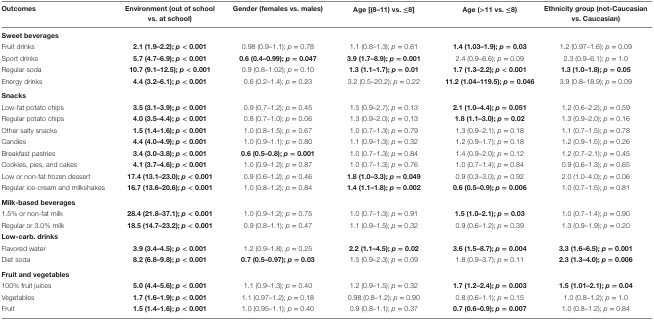
<table><thead><tr><td><b>Outcomes</b></td><td><b>Environment (out of school vs. at school)</b></td><td><b>Gender (females vs. males)</b></td><td><b>Age [(8–11) vs. ≤8]</b></td><td><b>Age (&gt;11 vs. ≤8)</b></td><td><b>Ethnicity group (not-Caucasian vs. Caucasian)</b></td></tr></thead><tbody><tr><td colspan="6"><b>Sweet beverages</b></td></tr><tr><td>Fruit drinks</td><td><b>2.1 (1.9–2.2); <i>p</i> &lt; 0.001</b></td><td>0.98 (0.9–1.1); <i>p</i> = 0.78</td><td>1.1 (0.8–1.3); <i>p</i> = 0.61</td><td><b>1.4 (1.03–1.9); <i>p</i> = 0.03</b></td><td>1.2 (0.97–1.6); <i>p</i> = 0.09</td></tr><tr><td>Sport drinks</td><td><b>5.7 (4.7–6.9); <i>p</i> &lt; 0.001</b></td><td><b>0.6 (0.4–0.99); <i>p</i> = 0.047</b></td><td><b>3.9 (1.7–8.9); <i>p</i> = 0.001</b></td><td>2.4 (0.9–6.6); <i>p</i> = 0.09</td><td>2.3 (0.9–6.1); <i>p</i> = 1.0</td></tr><tr><td>Regular soda</td><td><b>10.7 (9.1–12.5); <i>p</i> &lt; 0.001</b></td><td>0.9 (0.8–1.02); <i>p</i> = 0.10</td><td><b>1.3 (1.1–1.7); <i>p</i> = 0.01</b></td><td><b>1.7 (1.3–2.2); <i>p</i> &lt; 0.001</b></td><td><b>1.3 (1.0–1.8); <i>p</i> = 0.05</b></td></tr><tr><td>Energy drinks</td><td><b>4.4 (3.2–6.1); <i>p</i> &lt; 0.001</b></td><td>0.6 (0.2–1.4); <i>p</i> = 0.23</td><td>3.2 (0.5–20.2); <i>p</i> = 0.22</td><td><b>11.2 (1.04–119.5); <i>p</i> = 0.046</b></td><td>3.9 (0.8–18.9); <i>p</i> = 0.09</td></tr><tr><td colspan="6"><b>Snacks</b></td></tr><tr><td>Low-fat potato chips</td><td><b>3.5 (3.1–3.9); <i>p</i> &lt; 0.001</b></td><td>0.9 (0.7–1.2); <i>p</i> = 0.45</td><td>1.5 (0.9–2.7); <i>p</i> = 0.13</td><td><b>2.1 (1.0–4.4); <i>p</i> = 0.051</b></td><td>1.2 (0.6–2.2); <i>p</i> = 0.59</td></tr><tr><td>Regular potato chips</td><td><b>4.0 (3.5–4.4); <i>p</i> &lt; 0.001</b></td><td>0.8 (0.7–1.0); <i>p</i> = 0.06</td><td>1.3 (0.9–2.0); <i>p</i> = 0.13</td><td><b>1.8 (1.1–3.0); <i>p</i> = 0.02</b></td><td>1.3 (0.9–2.0); <i>p</i> = 0.16</td></tr><tr><td>Other salty snacks</td><td><b>1.5 (1.4–1.6); <i>p</i> &lt; 0.001</b></td><td>1.0 (0.8–1.5); <i>p</i> = 0.67</td><td>1.0 (0.7–1.3); <i>p</i> = 0.79</td><td>1.3 (0.9–2.1); <i>p</i> = 0.18</td><td>1.1 (0.7–1.5); <i>p</i> = 0.78</td></tr><tr><td>Candies</td><td><b>4.4 (4.0–4.9); <i>p</i> &lt; 0.001</b></td><td>1.0 (0.9–1.1); <i>p</i> = 0.80</td><td>1.1 (0.9–1.3); <i>p</i> = 0.32</td><td>1.2 (0.9–1.7); <i>p</i> = 0.18</td><td>1.2 (0.9–1.5); <i>p</i> = 0.26</td></tr><tr><td>Breakfast pastries</td><td><b>3.4 (3.0–3.8); <i>p</i> &lt; 0.001</b></td><td><b>0.6 (0.5–0.8); <i>p</i> = 0.001</b></td><td>1.0 (0.7–1.3); <i>p</i> = 0.84</td><td>1.4 (0.9–2.0); <i>p</i> = 0.12</td><td>1.2 (0.7–2.1); <i>p</i> = 0.45</td></tr><tr><td>Cookies, pies, and cakes</td><td><b>4.1 (3.7–4.6); <i>p</i> &lt; 0.001</b></td><td>1.0 (0.9–1.2); <i>p</i> = 0.87</td><td>1.0 (0.7–1.3); <i>p</i> = 0.76</td><td>1.0 (0.7–1.4); <i>p</i> = 0.84</td><td>0.9 (0.6–1.3); <i>p</i> = 0.65</td></tr><tr><td>Low or non-fat frozen dessert</td><td><b>17.4 (13.1–23.0); <i>p</i> &lt; 0.001</b></td><td>0.9 (0.6–1.2); <i>p</i> = 0.46</td><td><b>1.8 (1.0–3.3); <i>p</i> = 0.049</b></td><td>0.9 (0.3–3.0); <i>p</i> = 0.92</td><td>2.0 (1.0–4.0); <i>p</i> = 0.06</td></tr><tr><td>Regular ice-cream and milkshakes</td><td><b>16.7 (13.6–20.6); <i>p</i> &lt; 0.001</b></td><td>1.0 (0.8–1.2); <i>p</i> = 0.84</td><td><b>1.4 (1.1–1.8); <i>p</i> = 0.002</b></td><td><b>0.6 (0.5–0.9); <i>p</i> = 0.006</b></td><td>1.0 (0.7–1.5); <i>p</i> = 0.81</td></tr><tr><td colspan="6"><b>Milk-based beverages</b></td></tr><tr><td>1.5% or non-fat milk</td><td><b>28.4 (21.8–37.1); <i>p</i> &lt; 0.001</b></td><td>1.0 (0.9–1.2); <i>p</i> = 0.75</td><td>1.0 (0.7–1.3); <i>p</i> = 0.91</td><td><b>1.5 (1.0–2.1); <i>p</i> = 0.03</b></td><td>1.0 (0.7–1.4); <i>p</i> = 0.90</td></tr><tr><td>Regular or 3.0% milk</td><td><b>18.5 (14.7–23.2); <i>p</i> &lt; 0.001</b></td><td>0.9 (0.8–1.1); <i>p</i> = 0.47</td><td>1.1 (0.9–1.5); <i>p</i> = 0.32</td><td>0.9 (0.6–1.2); <i>p</i> = 0.39</td><td>1.3 (0.9–1.9); <i>p</i> = 0.20</td></tr><tr><td colspan="6"><b>Low-carb. drinks</b></td></tr><tr><td>Flavored water</td><td><b>3.9 (3.4–4.5); <i>p</i> &lt; 0.001</b></td><td>1.2 (0.9–1.8); <i>p</i> = 0.25</td><td><b>2.2 (1.1–4.5); <i>p</i> = 0.02</b></td><td><b>3.6 (1.5–8.7); <i>p</i> = 0.004</b></td><td><b>3.3 (1.6–6.5); <i>p</i> = 0.001</b></td></tr><tr><td>Diet soda</td><td><b>8.2 (6.8–9.8); <i>p</i> &lt; 0.001</b></td><td><b>0.7 (0.5–0.97); <i>p</i> = 0.03</b></td><td>1.5 (0.9–2.3); <i>p</i> = 0.09</td><td>1.8 (0.9–3.7); <i>p</i> = 0.11</td><td><b>2.3 (1.3–4.0); <i>p</i> = 0.006</b></td></tr><tr><td colspan="6"><b>Fruit and vegetables</b></td></tr><tr><td>100% fruit juices</td><td><b>5.0 (4.4–5.6); <i>p</i> &lt; 0.001</b></td><td>1.1 (0.9–1.3); <i>p</i> = 0.40</td><td>1.2 (0.9–1.5); <i>p</i> = 0.32</td><td><b>1.7 (1.2–2.4); <i>p</i> = 0.003</b></td><td><b>1.5 (1.01–2.1); <i>p</i> = 0.04</b></td></tr><tr><td>Vegetables</td><td><b>1.7 (1.6–1.9); <i>p</i> &lt; 0.001</b></td><td>1.1 (0.97–1.2); <i>p</i> = 0.18</td><td>0.98 (0.8–1.2); <i>p</i> = 0.90</td><td>0.8 (0.6–1.1); <i>p</i> = 0.15</td><td>1.0 (0.8–1.2); <i>p</i> = 1.0</td></tr><tr><td>Fruit</td><td><b>1.5 (1.4–1.6); <i>p</i> &lt; 0.001</b></td><td>1.0 (0.95–1.1); <i>p</i> = 0.40</td><td>0.9 (0.8–1.1); <i>p</i> = 0.37</td><td><b>0.7 (0.6–0.9); <i>p</i> = 0.007</b></td><td>1.0 (0.8–1.2); <i>p</i> = 0.84</td></tr></tbody></table>